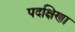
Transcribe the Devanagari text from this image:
पदक्षिणा